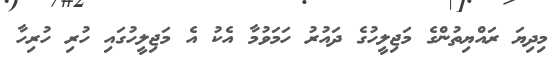
މިދިޔަ ރައްޔިތުންގެ މަޖިލީހުގެ ދައުރު ހަމަވުމާ އެކު އެ މަޖިލީހުގައި ހުރި ހުރިހާ